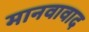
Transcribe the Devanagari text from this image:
मानवावाद